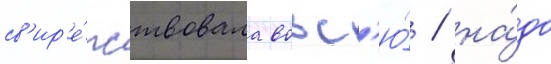
св'ир'е́пствовала вовс'ю́ / на́до